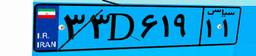
۳۳D۶۱۹۱۱